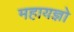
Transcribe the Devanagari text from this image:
महायज्ञो